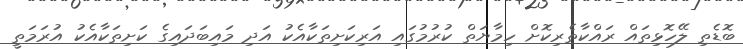
ބޮޑެތި ލޭހޮޅިތައް ރައްކާތެރިކޮށް ހިމާޔަތް ކުރުމުގައި އަރިކަށިތަކާއެކު އަދި މައިބަދައިގެ ކަށިތަކާއެކު އުރަމަތީ